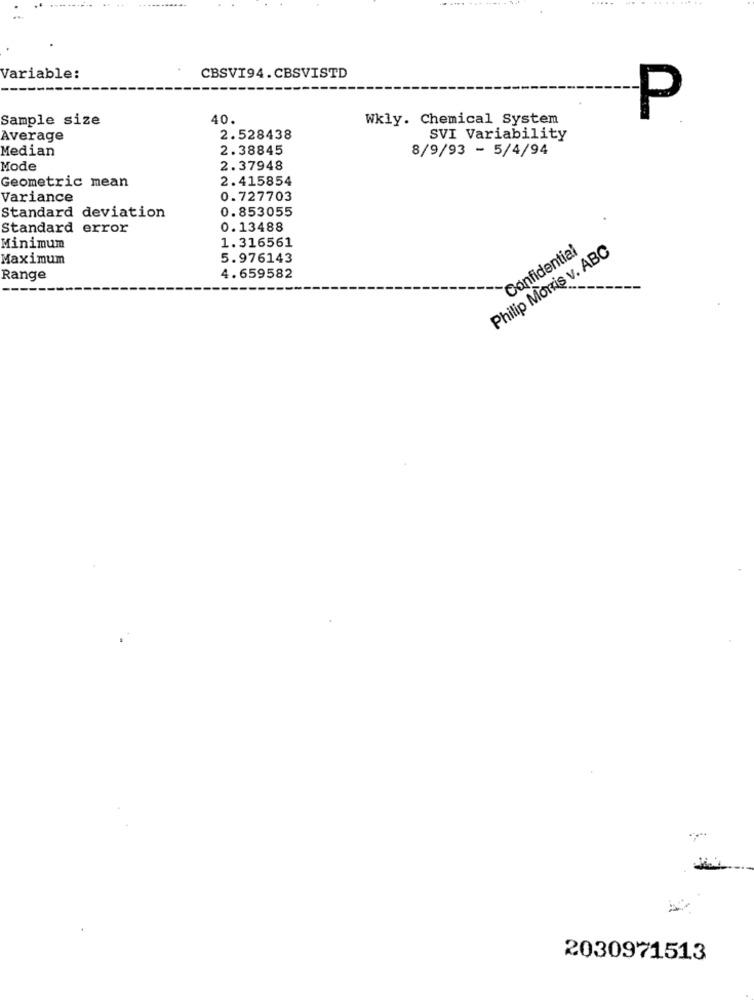
Variable:
CBSVI94.CBSVISTD
Sample size
40.
Wkly. Chemical System
P
Average
2.528438
SVI Variability
Median
2.38845
8/9/93 - 5/4/94
Mode
2.37948
2.415854
Geometric mean
Variance
0.727703
0.853055
Standard deviation
Standard error
0.13488
Minimum
1.316561
Philip Morris v. ABC
Confidential
Maximum
5.976143
Range
4.659582
2030971513